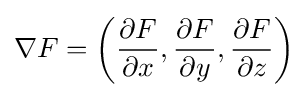
\nabla F=\left({\frac {\partial F}{\partial x}},{\frac {\partial F}{\partial y}},{\frac {\partial F}{\partial z}}\right)